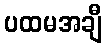
ပထမအချီ